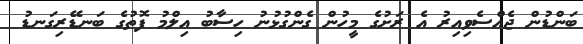
ބަންޑުން ޖެއްސެވިއިރު އެ ރަށުގެ މީހުން ގެންގުޅުނު ހިސާބު އިލްމު ފޮތުގެ ބަނޑޭރިގަނޑު